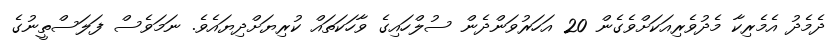
ދެމެދު އެމެރިކާ މެދުވެރިއަކަށްވެގެން 20 އަހަރުވަންދެން ސުލްހައިގެ ވާހަކަތައް ކުރިޔަށްދިޔައެވެ. ނަމަވެސް ފަލަސްތީނުގެ